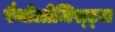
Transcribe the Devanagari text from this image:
पैथोलोजिस्ट्स